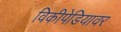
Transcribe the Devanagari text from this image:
विकीपेडियावर